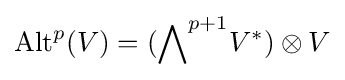
\operatorname {Alt} ^{p}(V)=({\bigwedge }^{p+1}V^{*})\otimes V